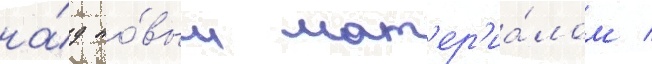
на́д но́вым мат'ер'иа́лом /